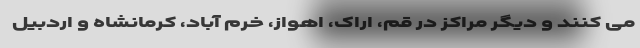
می کنند و دیگر مراکز در قم، اراک، اهواز، خرم آباد، کرمانشاه و اردبیل